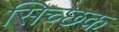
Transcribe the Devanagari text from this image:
सिच्‍छक